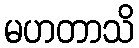
မဟတာသိ